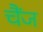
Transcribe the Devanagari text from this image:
चैंज